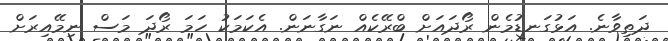
ދަތިވާނެ. އަޅުގަނޑުމެން ރޯދައަށް ބްރޭކެއް ނަގާނަން. އެކަމަކު ހަމަ ރޯދަ މަސް ނިމޭއިރަށް